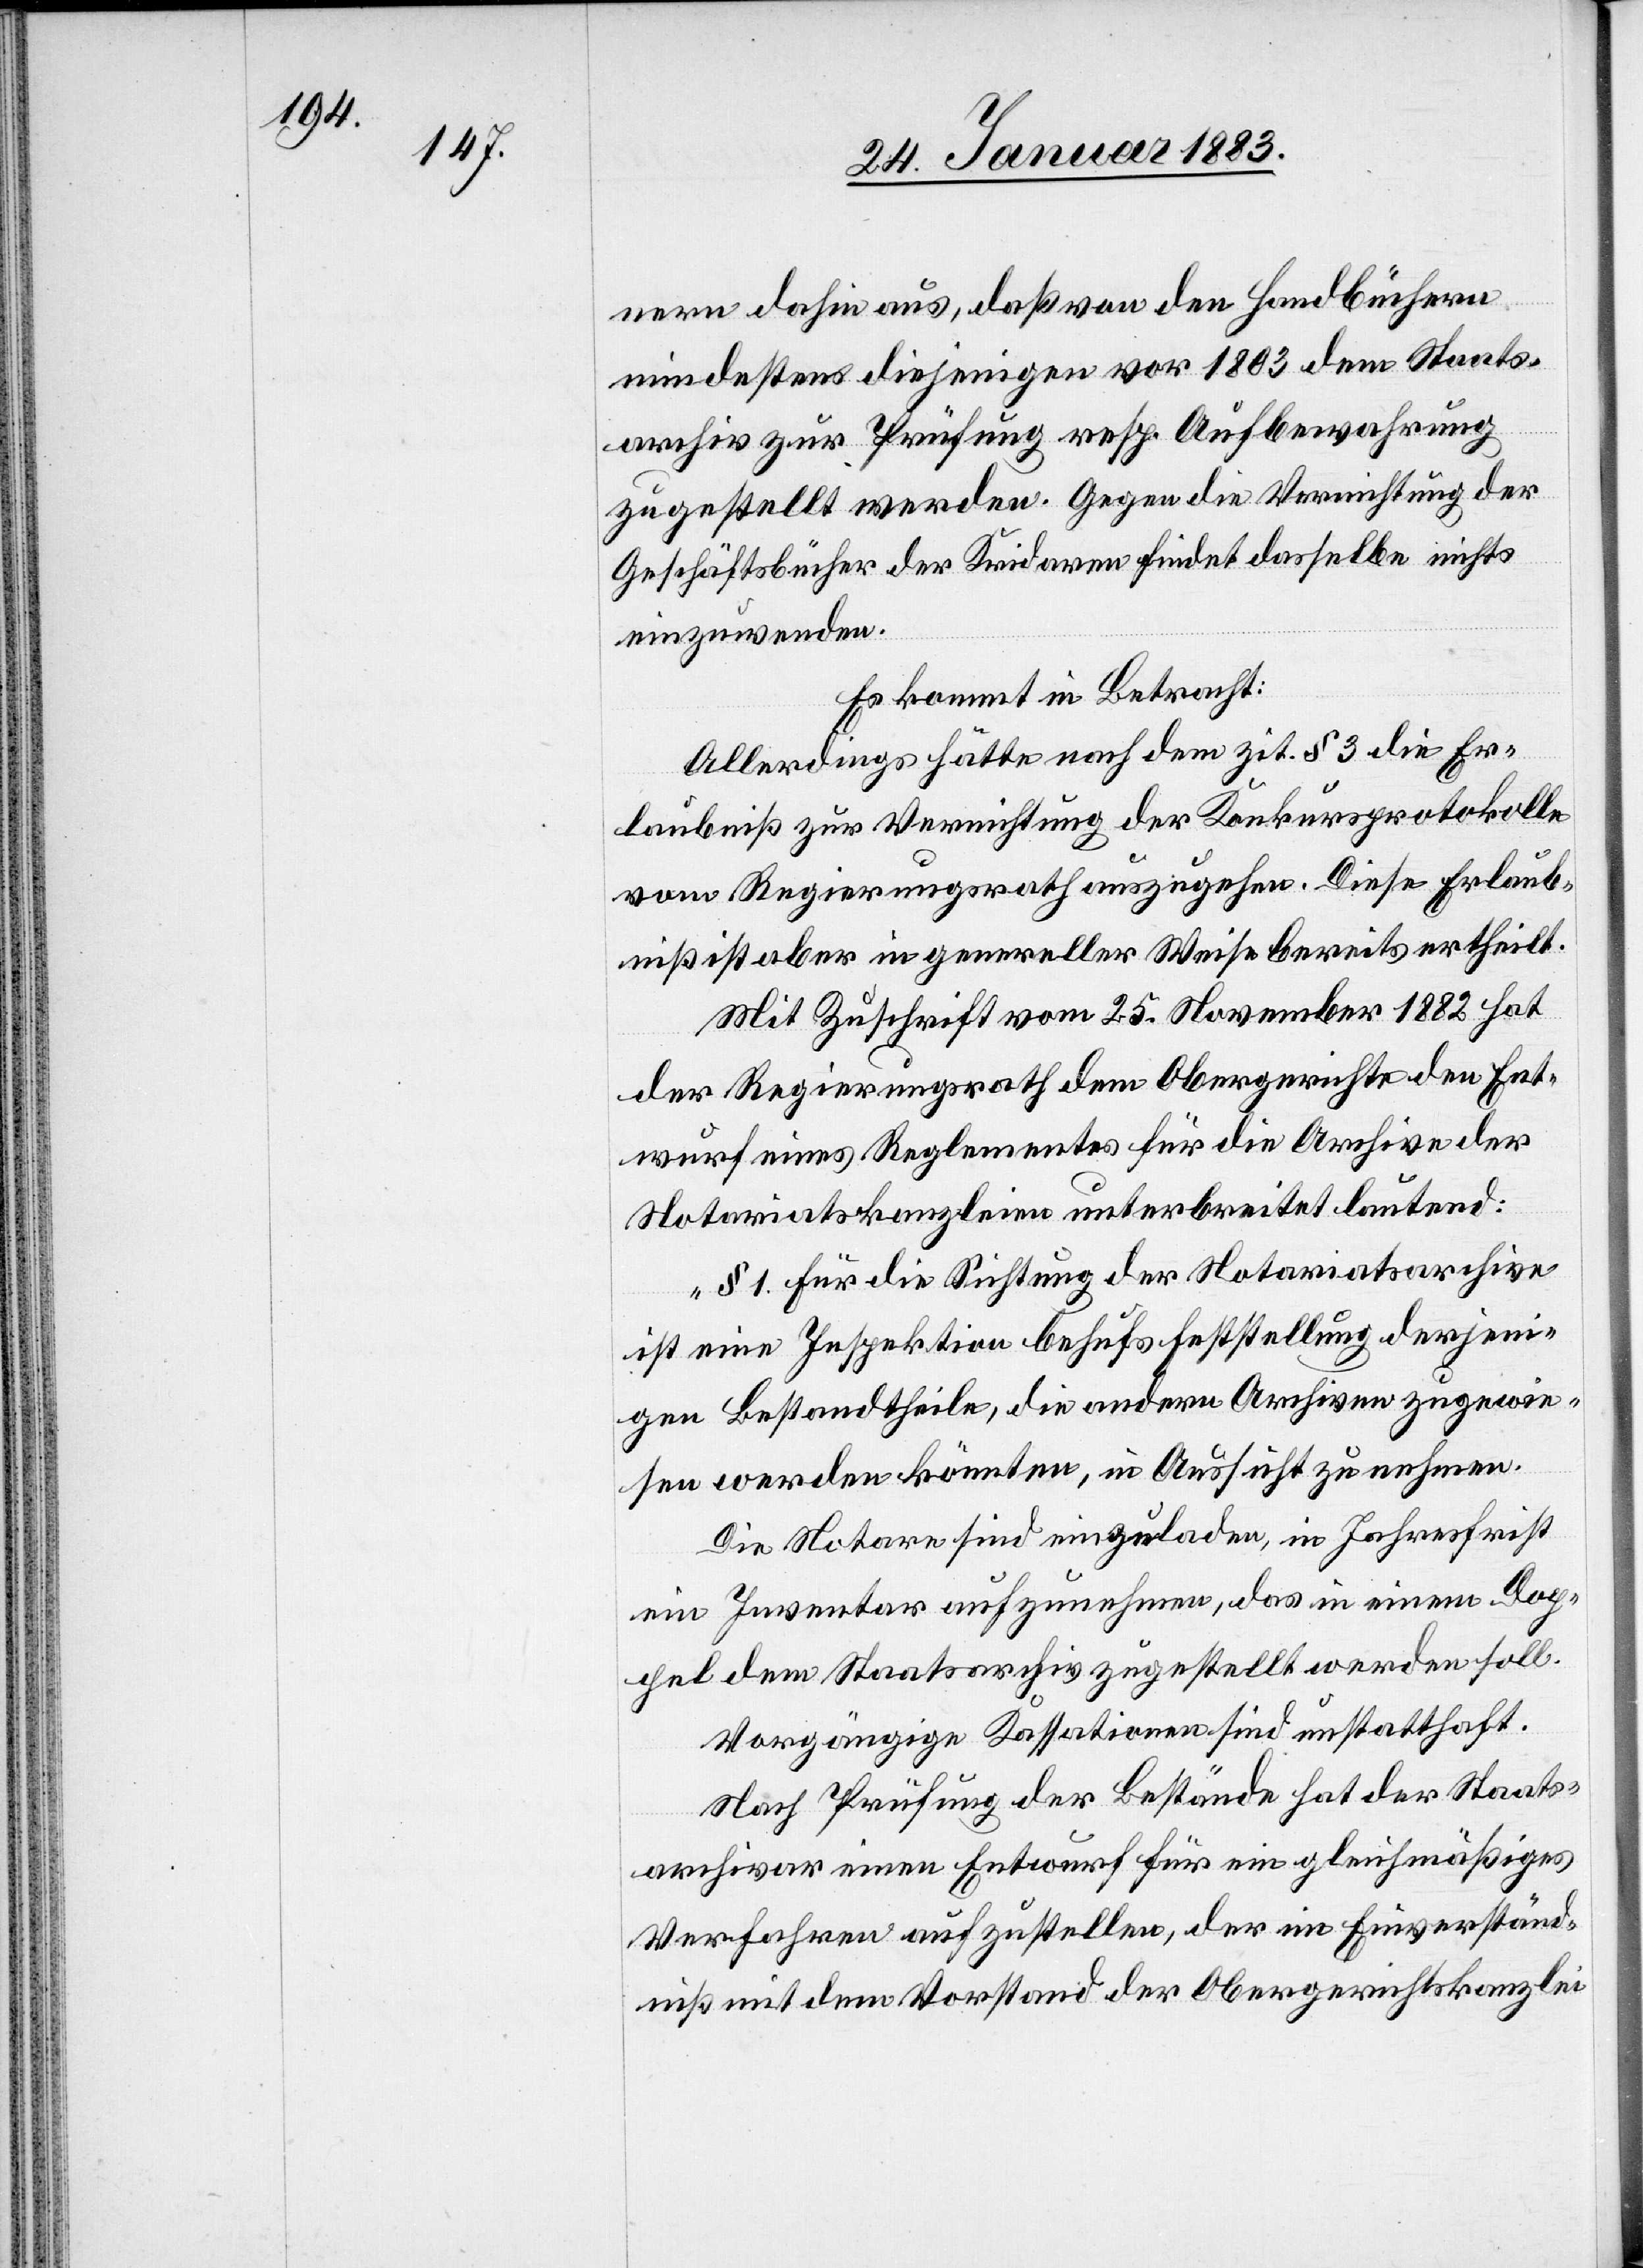
nern dahin aus, daß von den Handbüchern
mindestens diejenigen vor 1803 dem Staats¬
archiv zur Prüfung resp. Aufbewahrung
zugestellt werden. Gegen die Vernichtung der
Geschäftsbücher der Kridaren findet dasselbe nichts
einzuwenden.
Es kommt in Betracht:
Allerdings hätte nach dem zit. § 3 die Er¬
laubniß zur Vernichtung der Konkursprotokolle
vom Regierungsrath auszugehen. Diese Erlaub¬
niß ist aber in genereller Weise bereits ertheilt.
Mit Zuschrift vom 25. November 1882 hat
der Regierungsrath dem Obergerichte den Ent¬
wurf eines Reglementes für die Archive der
Notariatskanzleien unterbreitet lautend:
„§ 1. Für die Sichtung der Notariatsarchive
ist eine Inspektion behufs Feststellung derjeni¬
gen Bestandtheile, die andern Archiven zugewie¬
sen werden könnten, in Aussicht zu nehmen.
Die Notare sind einzuladen, in Jahresfrist
ein Inventar aufzunehmen, das in einem Dop¬
pel dem Staatsarchiv zugestellt werden soll.
Vorgängige Kassationen sind unstatthaft.
Nach Prüfung der Bestände hat der Staats¬
archivar einen Entwurf für ein gleichmäßiges
Verfahren aufzustellen, der im Einverständ¬
niß mit dem Vorstand der Obergerichtskanzlei